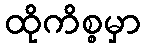
ထိုကိစ္စမှာ